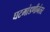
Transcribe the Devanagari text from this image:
घटमांडणीनंतर